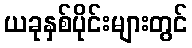
ယခုနှစ်ပိုင်းများတွင်